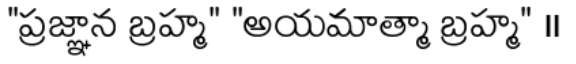
"ప్రజ్ఞాన బ్రహ్మ" "అయమాత్మా బ్రహ్మ" ॥